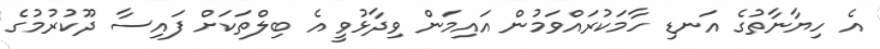
އެ ހިޔާނާތުގެ އަނޑި ހާމަކުރައްވަމުން އައިމަން ވިދާޅުވީ އެ ބިލްތަކަށް ފައިސާ ދޫކުރުމުގެ